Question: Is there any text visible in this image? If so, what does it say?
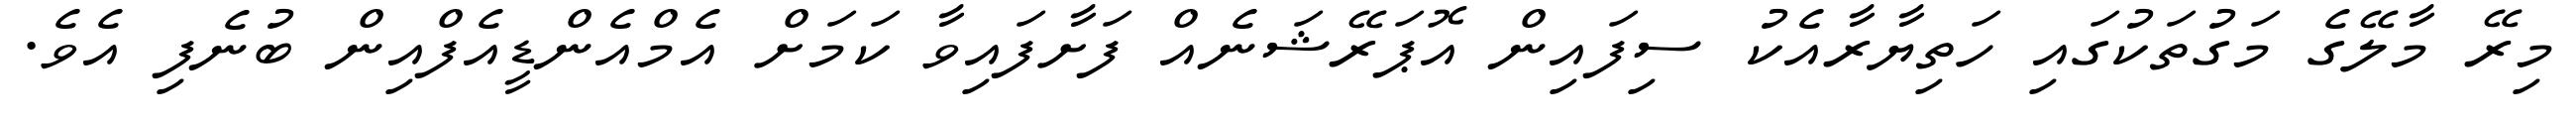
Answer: މިރޭ މާލޭގެ މަގުތަކުގައި ހަތިޔާރާއެކު ސިފައިން އޮޕަރޭޝަނެއް ފަށާފައިވާ ކަމަށް އެމްއެންޑީއެފްއިން ބުނެފި އެވެ.